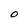
Character: O